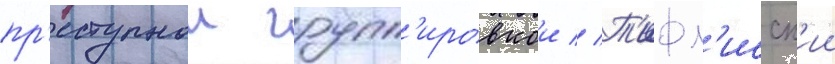
пр'еступнои групп'ировкои // Т'ифл'исск'ии